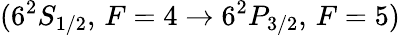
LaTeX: (6^{2}S_{1/2},\, F=4\rightarrow 6^{2}P_{3/2},\, F=5)